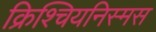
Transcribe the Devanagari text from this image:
क्रिश्चियनिस्मस